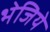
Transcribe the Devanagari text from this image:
भेजिये